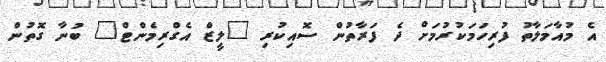
އެ މުއާމަލާތު ފުރިހަމަކުރުމަށް ދެ ފަރާތުން ސޮއިކުރި "ލީޒް އެގްރިމެންޓް" ބުނާ ގޮތުން